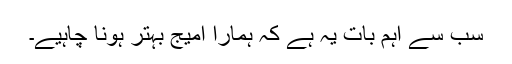
سب سے اہم بات یہ ہے کہ ہمارا امیج بہتر ہونا چاہیے۔